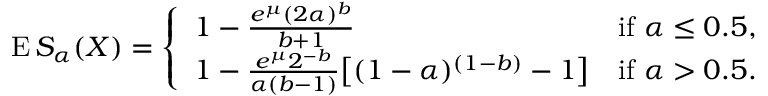
\operatorname { E } S _ { \alpha } ( X ) = { \left\{ \begin{array} { l l } { 1 - { \frac { e ^ { \mu } ( 2 \alpha ) ^ { b } } { b + 1 } } } & { { \mathrm { i f ~ } } \alpha \leq 0 . 5 , } \\ { 1 - { \frac { e ^ { \mu } 2 ^ { - b } } { \alpha ( b - 1 ) } } { \big [ } ( 1 - \alpha ) ^ { ( 1 - b ) } - 1 { \big ] } } & { { \mathrm { i f ~ } } \alpha > 0 . 5 . } \end{array} \right. }